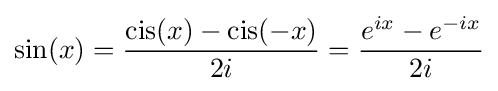
\sin(x)={\frac {\operatorname {cis} (x)-\operatorname {cis} (-x)}{2i}}={\frac {e^{ix}-e^{-ix}}{2i}}